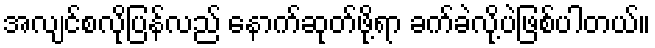
အလျင်စလိုပြန်လည် နောက်ဆုတ်ဖို့ရာ ခက်ခဲလို့ပဲဖြစ်ပါတယ်။